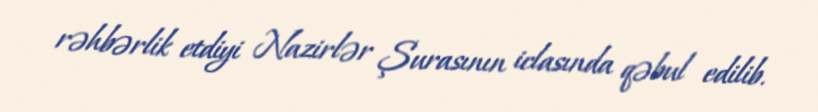
rəhbərlik etdiyi Nazirlər Şurasının iclasında qəbul edilib.